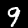
Digit: 9